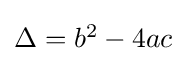
\textstyle \Delta =b^{2}-4ac